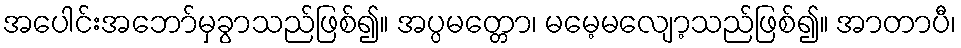
အပေါင်းအဘော်မှခွာသည်ဖြစ်၍။ အပ္ပမတ္တော၊ မမေ့မလျော့သည်ဖြစ်၍။ အာတာပီ၊